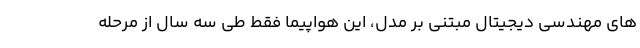
های مهندسی دیجیتال مبتنی بر مدل، این هواپیما فقط طی سه سال از مرحله